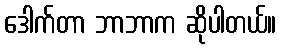
ဒေါက်တာ ဘာဘာက ဆိုပါတယ်။